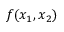
f ( x _ { 1 } , x _ { 2 } )